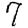
Digit: 7